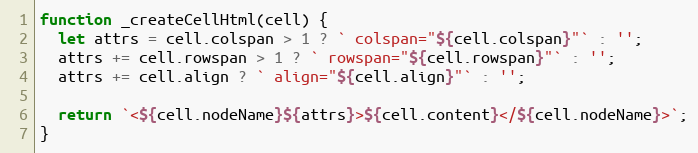
Language: JavaScript
function _createCellHtml(cell) {
  let attrs = cell.colspan > 1 ? ` colspan="${cell.colspan}"` : '';
  attrs += cell.rowspan > 1 ? ` rowspan="${cell.rowspan}"` : '';
  attrs += cell.align ? ` align="${cell.align}"` : '';

  return `<${cell.nodeName}${attrs}>${cell.content}</${cell.nodeName}>`;
}